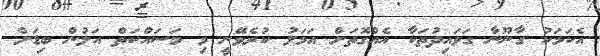
އެކަމަކު ގާނޫނާ ގަވައިދުތަކާ އެއްގޮތަށް އަމަލު ކުރެވޭނީ މި މަސައްކަތް އަލުން ބިޑަށް